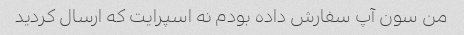
من سون آپ سفارش داده بودم نه اسپرایت که ارسال کردید